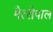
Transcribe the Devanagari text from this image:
मैत्‍रीपाल